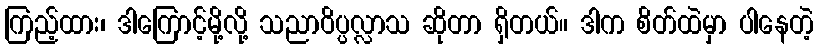
ကြည့်ထား၊ ဒါကြောင့်မို့လို့ သညာဝိပ္ပလ္လာသ ဆိုတာ ရှိတယ်။ ဒါက စိတ်ထဲမှာ ပါနေတဲ့